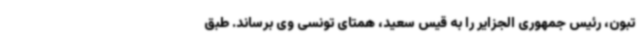
تبون، رئیس جمهوری الجزایر را به قیس سعید، همتای تونسی وی برساند. طبق